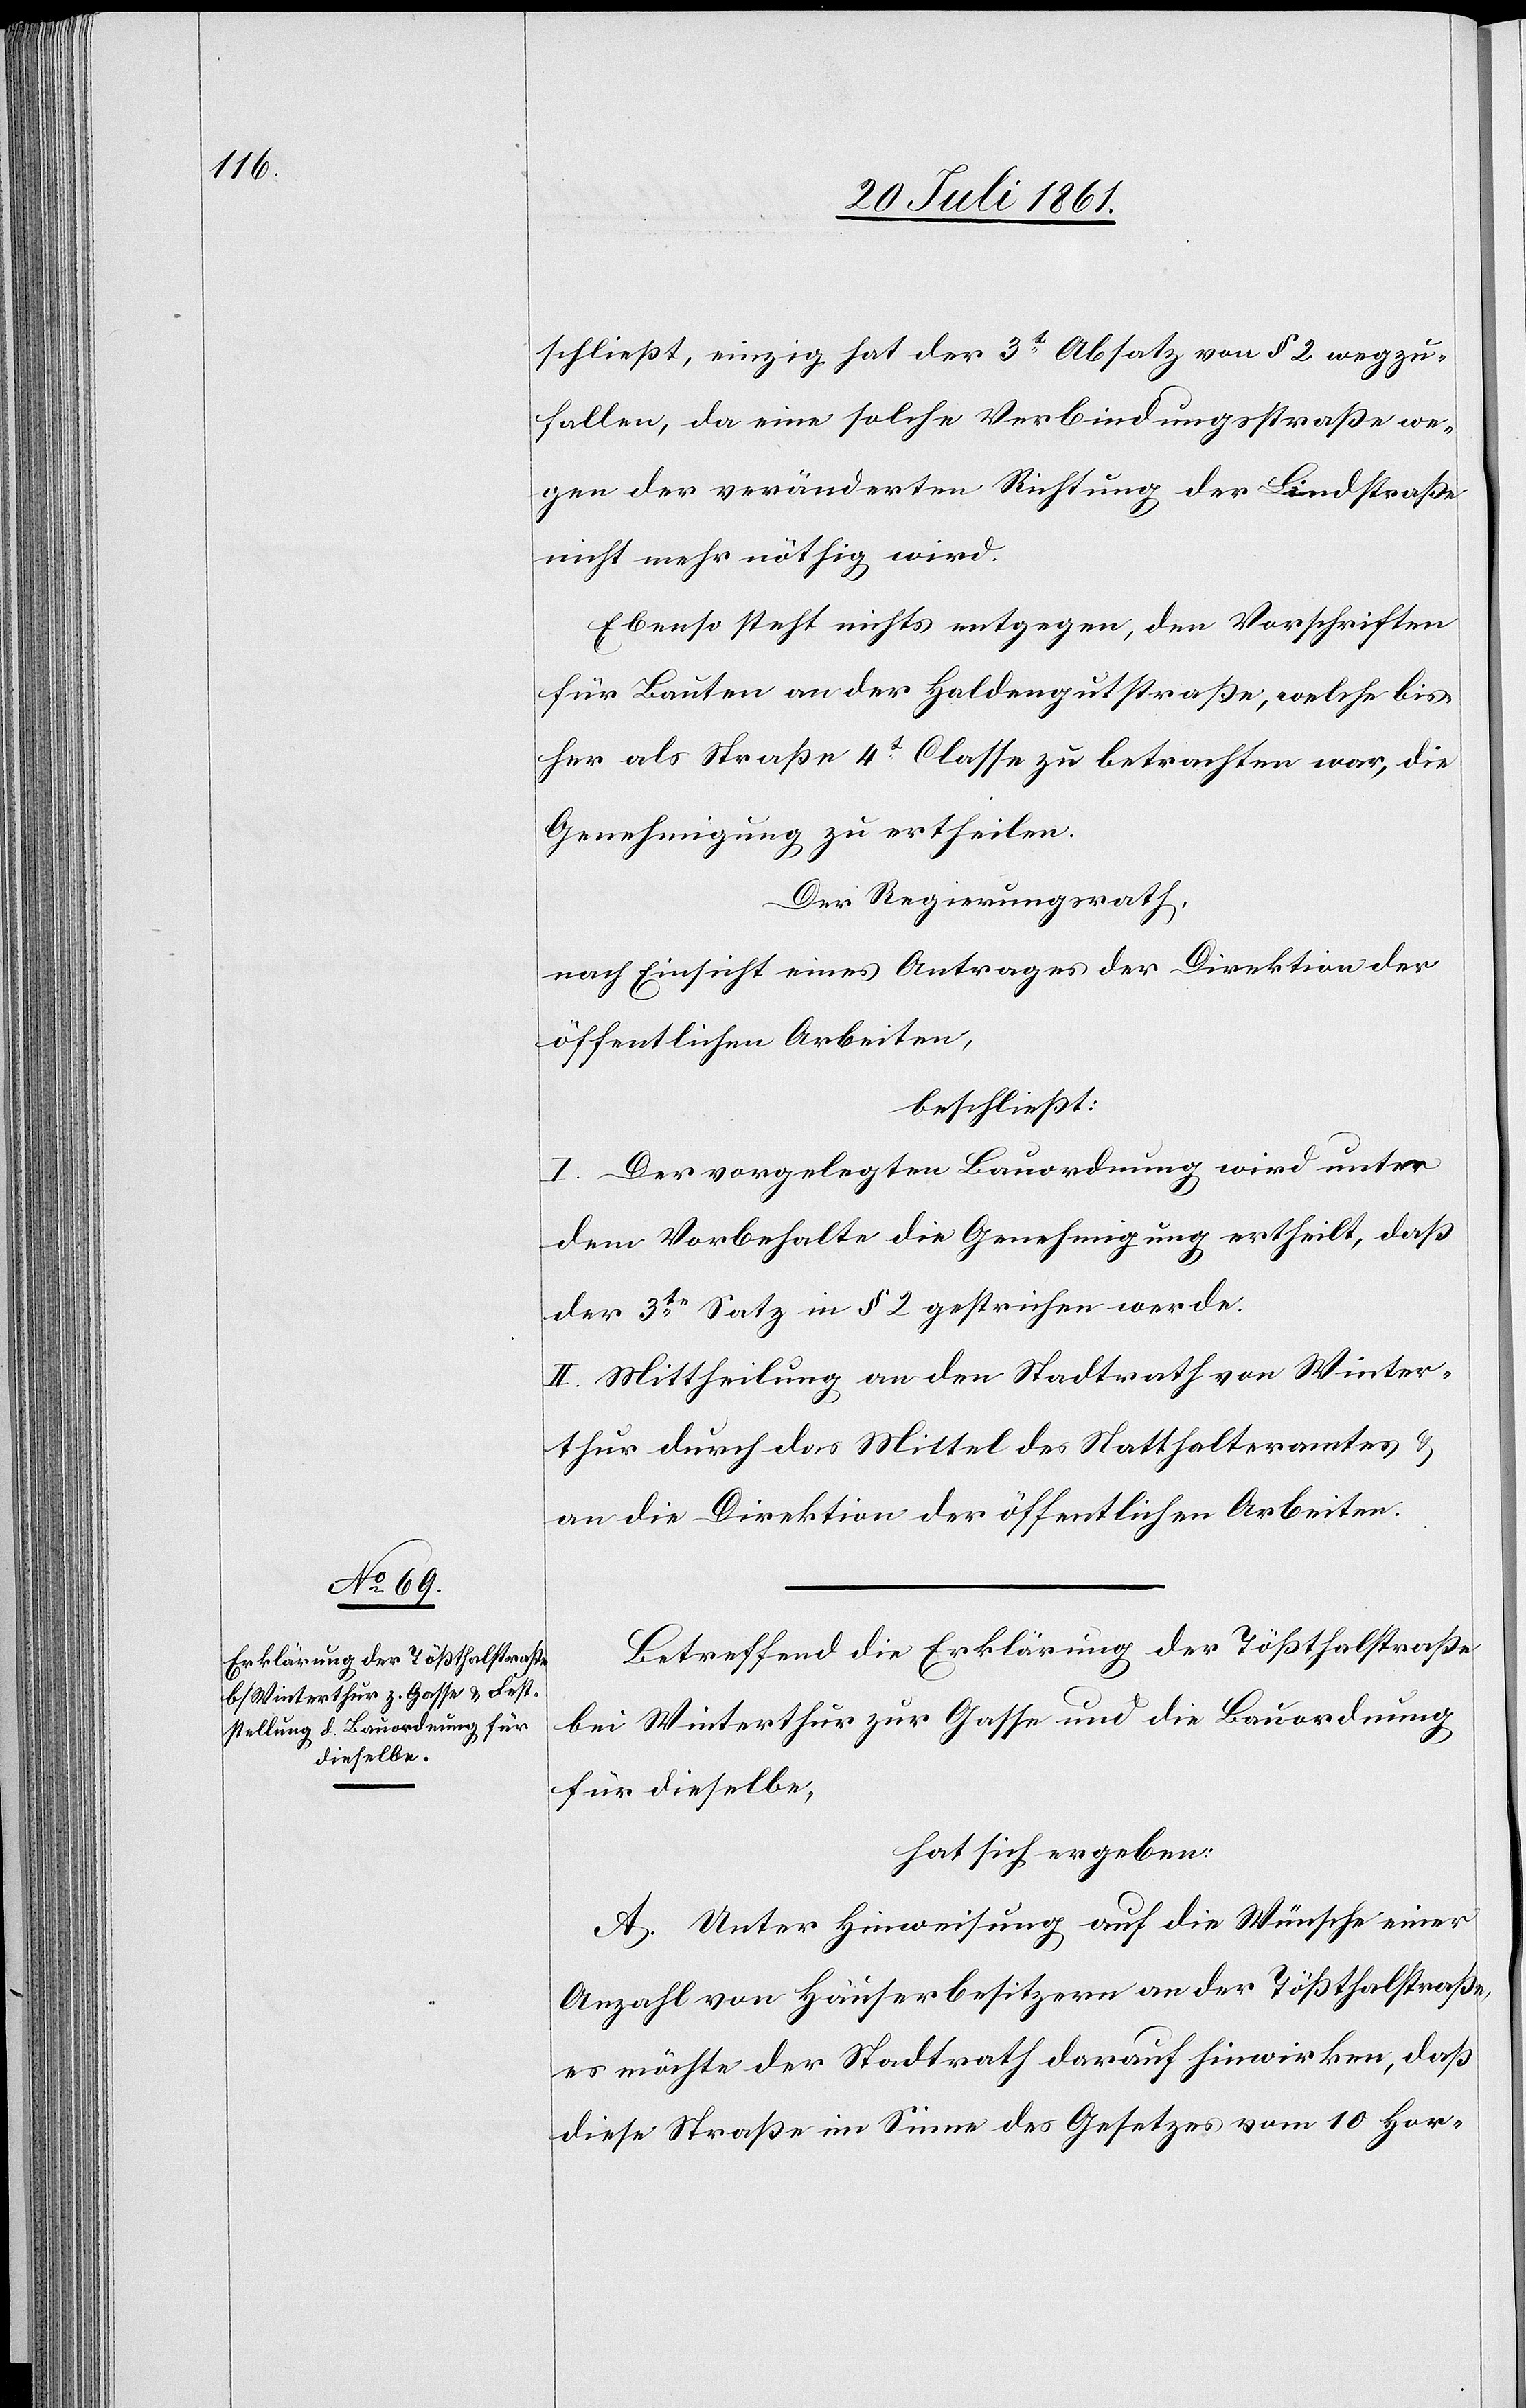
schließt, einzig hat der 3t Absatz von § 2 wegzu¬
fallen, da eine solche Verbindungsstraße we¬
gen der veränderten Richtung der Lindstraße
nicht mehr nöthig wird.
Ebenso steht nichts entgegen, den Vorschriften
für Bauten an der Haldengutstraße, welche bis¬
her als Straße 4t Classe zu betrachten war, die
Genehmigung zu ertheilen.
Der Regierungsrath,
nach Einsicht eines Antrages der Direktion der
öffentlichen Arbeiten,
beschließt:
I. Der vorgelegten Bauordnung wird unter
dem Vorbehalte die Genehmigung ertheilt, daß
der 3te Satz in § 2 gestrichen werde.
II. Mittheilung an den Stadtrath von Winter¬
thur durch das Mittel des Statthalteramtes u.
an die Direktion der öffentlichen Arbeiten.
Betreffend die Erklärung der Tößthalstraße
bei Winterthur zur Gasse und die Bauordnung
für dieselbe,
hat sich ergeben:
A. Unter Hinweisung auf die Wünsche einer
Anzahl von Häuserbesitzern an der Tößthalstraße,
es möchte der Stadtrath darauf hinwirken, daß
diese Straße im Sinne des Gesetzes vom 10 Hor-